Civil Veterinary Department. United Provinces 1932-42 - 1932-1942
Year: 1932
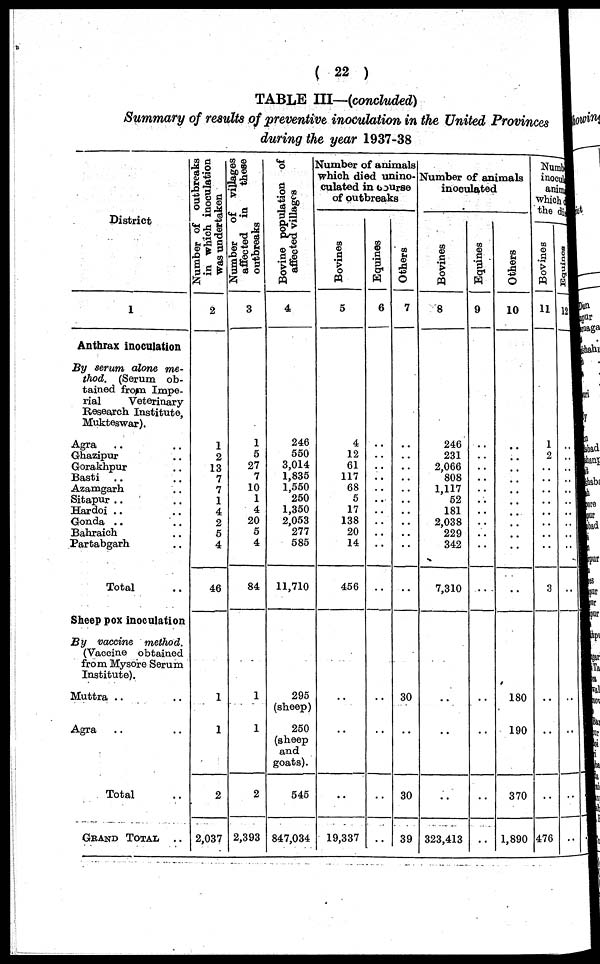
(22)
TABLE III—(concluded)
Summary of results of preventive inoculation in the United Provinces
during the year 1937-38
District
1
Anthrax inoculation
By serum alone me-
thod. (Serum ob-
tained from Impe-
rial
Veterinary
Research Institute,
Mukteswar).
Agra .. ..
Ghazipur ..
Gorakhpur ..
Basti .. ..
Azamgarh ..
Sitapur .. ..
Hardoi .. ..
Gonda .. ..
Bahraich ..
Partabgarh ..
Total ..
Sheep pox inoculation
By vaccine
method.
(Vaccine obtained
from Mysore Serum
Institute).
Muttra .. ..
Agra .. ..
Total ..
GRAND
TOTAL
..
Number of outbreaks
in which inoculation
was undertaken
2
1
2
13
7
7
1
4
2
5
4
46
1
1
2
2,037
Number
of villages
affected in
these
outbreaks
3
1
5
27
7
10
1
4
20
5
4
84
1
1
2
2,393
Bovine population of
affected villages
4
246
550
3,014
1,835
1,550
250
1,350
2,053
277
585
11,710
295
(sheep)
250
(sheep
and
goats).
545
847,034
Number of animals
which died unino-
culated in course
of outbreaks
Bovines
5
4
12
61
117
68
5
17
138
20
14
456
..
..
..
19,337
Equines
6
..
..
..
..
..
..
..
..
..
..
..
..
..
..
..
Others
7
..
..
..
..
..
..
..
..
..
..
..
30
..
30
39
Number of animals
inoculated
Bovines
8
246
231
2,066
808
1,117
52
181
2,038
229
342
7,310
..
..
..
323,413
Equines
9
..
..
..
..
..
..
..
..
..
..
..
..
..
..
..
Others
10
..
..
..
..
..
..
..
..
..
..
..
180
190
370
1,890
Numh
inocul
anim
which
the dis
Bovines
11
1
2
..
..
..
..
..
..
..
..
3
..
..
..
476
Equines
12
..
..
..
..
..
..
..
..
..
..
..
..
..
..